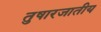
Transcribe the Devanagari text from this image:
तुषारजातीय